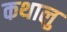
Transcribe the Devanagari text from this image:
कथालु